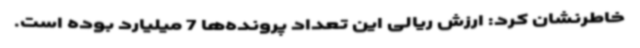
خاطرنشان کرد: ارزش ریالی این تعداد پرونده‌ها 7 میلیارد بوده است.